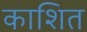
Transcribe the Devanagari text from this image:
काशित